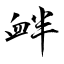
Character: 衅